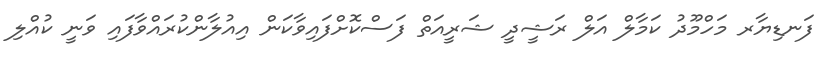
ފަނޑިޔާރ މަހްމޫދު ކަމާލް އަލް ރަޝީދީ ޝަރީއަތް ފަސްކޮށްފައިވާކަން އިއުލާންކުރައްވާފައި ވަނީ ކުއްލި